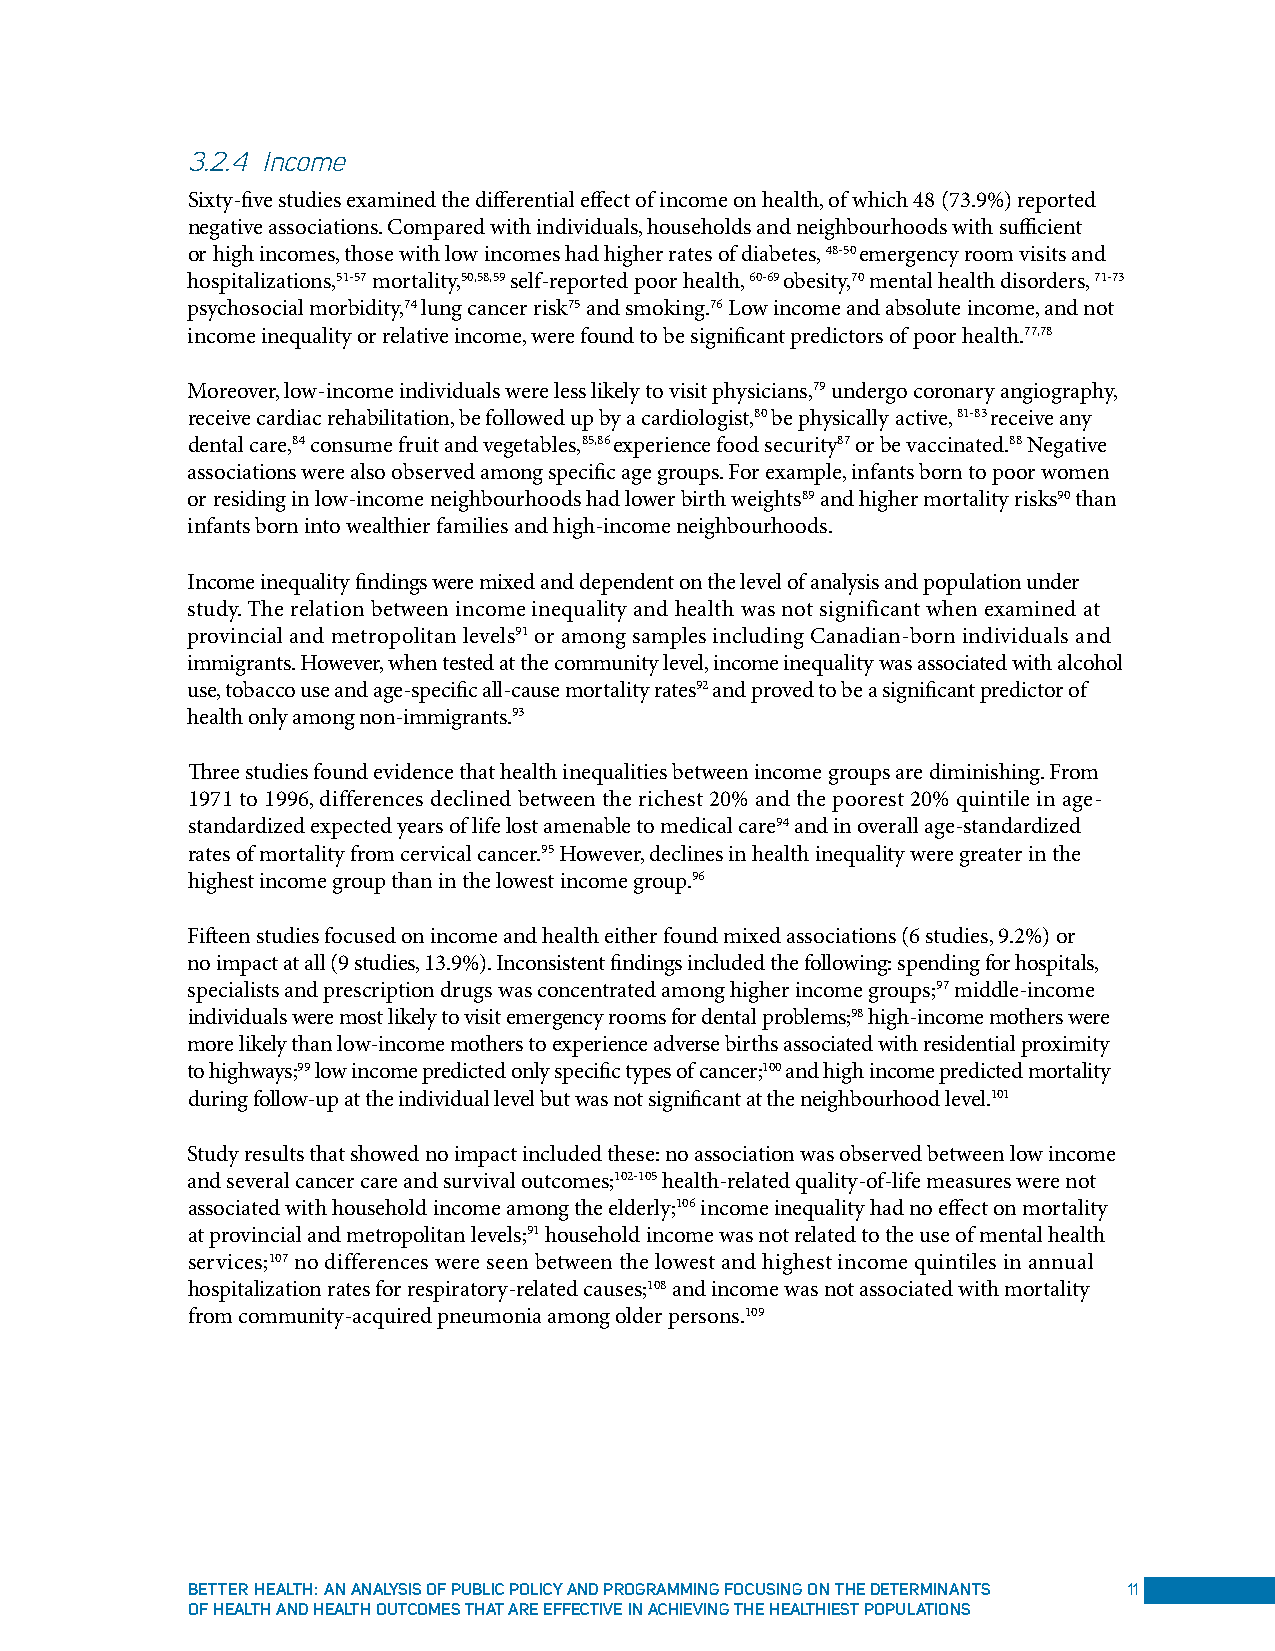
3.2.4 Income
 Sixty-five studies examined the differential effect of income on health, of which 48 (73.9%) reported
 negative associations. Compared with individuals, households and neighbourhoods with sufficient
 or high incomes, those with low incomes had higher rates of diabetes, 48-50 emergency room visits and
 hospitalizations,51-57 mortality,50,58,59 self-reported poor health, 60-69 obesity,70 mental health disorders, 71-73
 psychosocial morbidity,74 lung cancer risk75 and smoking.76 Low income and absolute income, and not
 income inequality or relative income, were found to be significant predictors of poor health.77,78
 Moreover, low-income individuals were less likely to visit physicians,79 undergo coronary angiography,
 receive cardiac rehabilitation, be followed up by a cardiologist,80 be physically active, 81-83 receive any
 dental care,84 consume fruit and vegetables,85,86 experience food security87 or be vaccinated.88 Negative
 associations were also observed among specific age groups. For example, infants born to poor women
 or residing in low-income neighbourhoods had lower birth weights89 and higher mortality risks90 than
 infants born into wealthier families and high-income neighbourhoods.
 Income inequality findings were mixed and dependent on the level of analysis and population under
 study. The relation between income inequality and health was not significant when examined at
 provincial and metropolitan levels91 or among samples including Canadian-born individuals and
 immigrants. However, when tested at the community level, income inequality was associated with alcohol
 use, tobacco use and age-specific all-cause mortality rates92 and proved to be a significant predictor of
 health only among non-immigrants.93
 Three studies found evidence that health inequalities between income groups are diminishing. From
 1971 to 1996, differences declined between the richest 20% and the poorest 20% quintile in age-
 standardized expected years of life lost amenable to medical care94 and in overall age-standardized
 rates of mortality from cervical cancer.95 However, declines in health inequality were greater in the
 highest income group than in the lowest income group.96
 Fifteen studies focused on income and health either found mixed associations (6 studies, 9.2%) or
 no impact at all (9 studies, 13.9%). Inconsistent findings included the following: spending for hospitals,
 specialists and prescription drugs was concentrated among higher income groups;97 middle-income
 individuals were most likely to visit emergency rooms for dental problems;98 high-income mothers were
 more likely than low-income mothers to experience adverse births associated with residential proximity
 to highways;99 low income predicted only specific types of cancer;100 and high income predicted mortality
 during follow-up at the individual level but was not significant at the neighbourhood level.101
 Study results that showed no impact included these: no association was observed between low income
 and several cancer care and survival outcomes;102-105 health-related quality-of-life measures were not
 associated with household income among the elderly;106 income inequality had no effect on mortality
 at provincial and metropolitan levels;91 household income was not related to the use of mental health
 services;107 no differences were seen between the lowest and highest income quintiles in annual
 hospitalization rates for respiratory-related causes;108 and income was not associated with mortality
 from community-acquired pneumonia among older persons.109
 Better HealtH: an analySiS oF puBliC poliCy and programming FoCuSing on tHe determinantS 11
 oF HealtH and HealtH outComeS tHat are eFFeCtive in aCHieving tHe HealtHieSt populationS